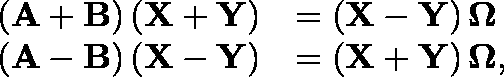
\begin{array} { r l } { \left( \mathbf { A } + \mathbf { B } \right) \left( \mathbf { X } + \mathbf { Y } \right) } & { = \left( \mathbf { X } - \mathbf { Y } \right) \mathbf { \Omega } } \\ { \left( \mathbf { A } - \mathbf { B } \right) \left( \mathbf { X } - \mathbf { Y } \right) } & { = \left( \mathbf { X } + \mathbf { Y } \right) \mathbf { \Omega } , } \end{array}